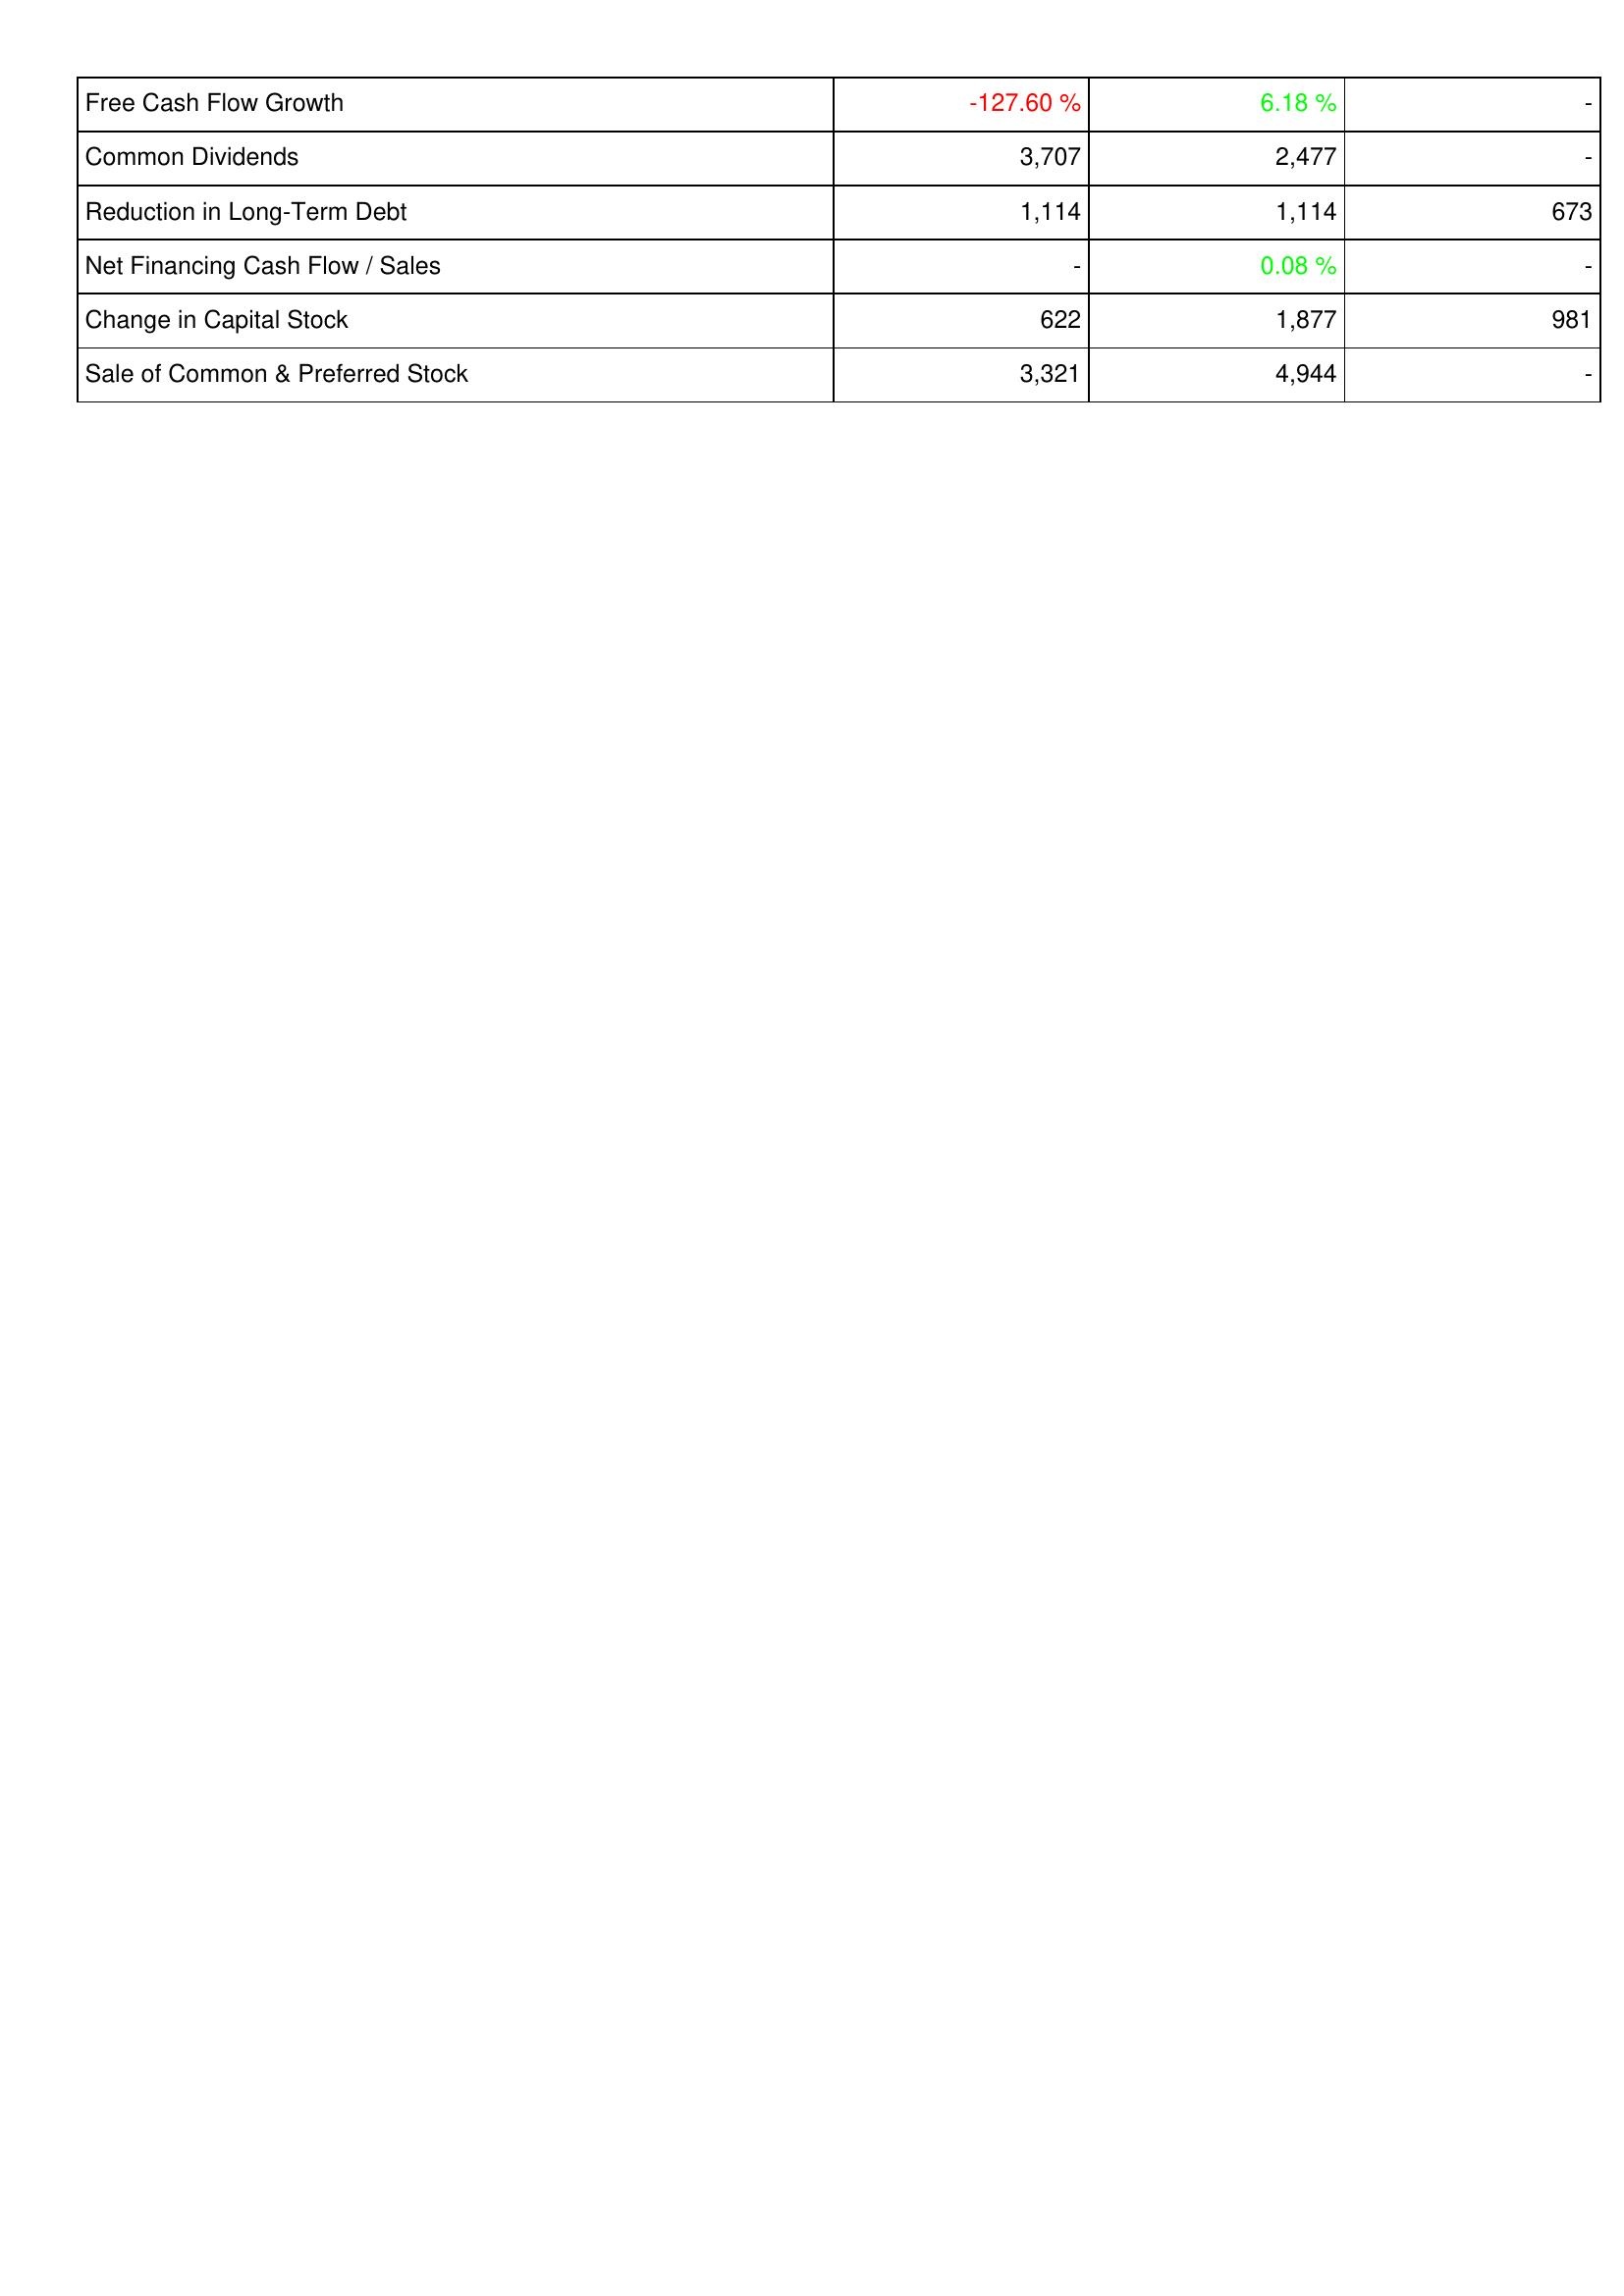
2010: Financing Activities: Free Cash Flow Growth: -127.60 %
Common Dividends: 3,707
Reduction in Long-Term Debt: 1,114
Net Financing Cash Flow / Sales: -
Change in Capital Stock: 622
Sale of Common & Preferred Stock: 3,321
2009: Financing Activities: Free Cash Flow Growth: 6.18 %
Common Dividends: 2,477
Reduction in Long-Term Debt: 1,114
Net Financing Cash Flow / Sales: 0.08 %
Change in Capital Stock: 1,877
Sale of Common & Preferred Stock: 4,944
2008: Financing Activities: Free Cash Flow Growth: -
Common Dividends: -
Reduction in Long-Term Debt: 673
Net Financing Cash Flow / Sales: -
Change in Capital Stock: 981
Sale of Common & Preferred Stock: -